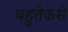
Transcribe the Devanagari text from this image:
बहुतेकसे